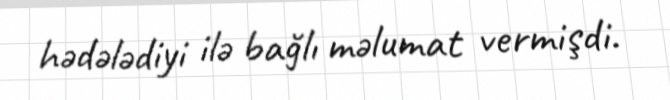
hədələdiyi ilə bağlı məlumat vermişdi.